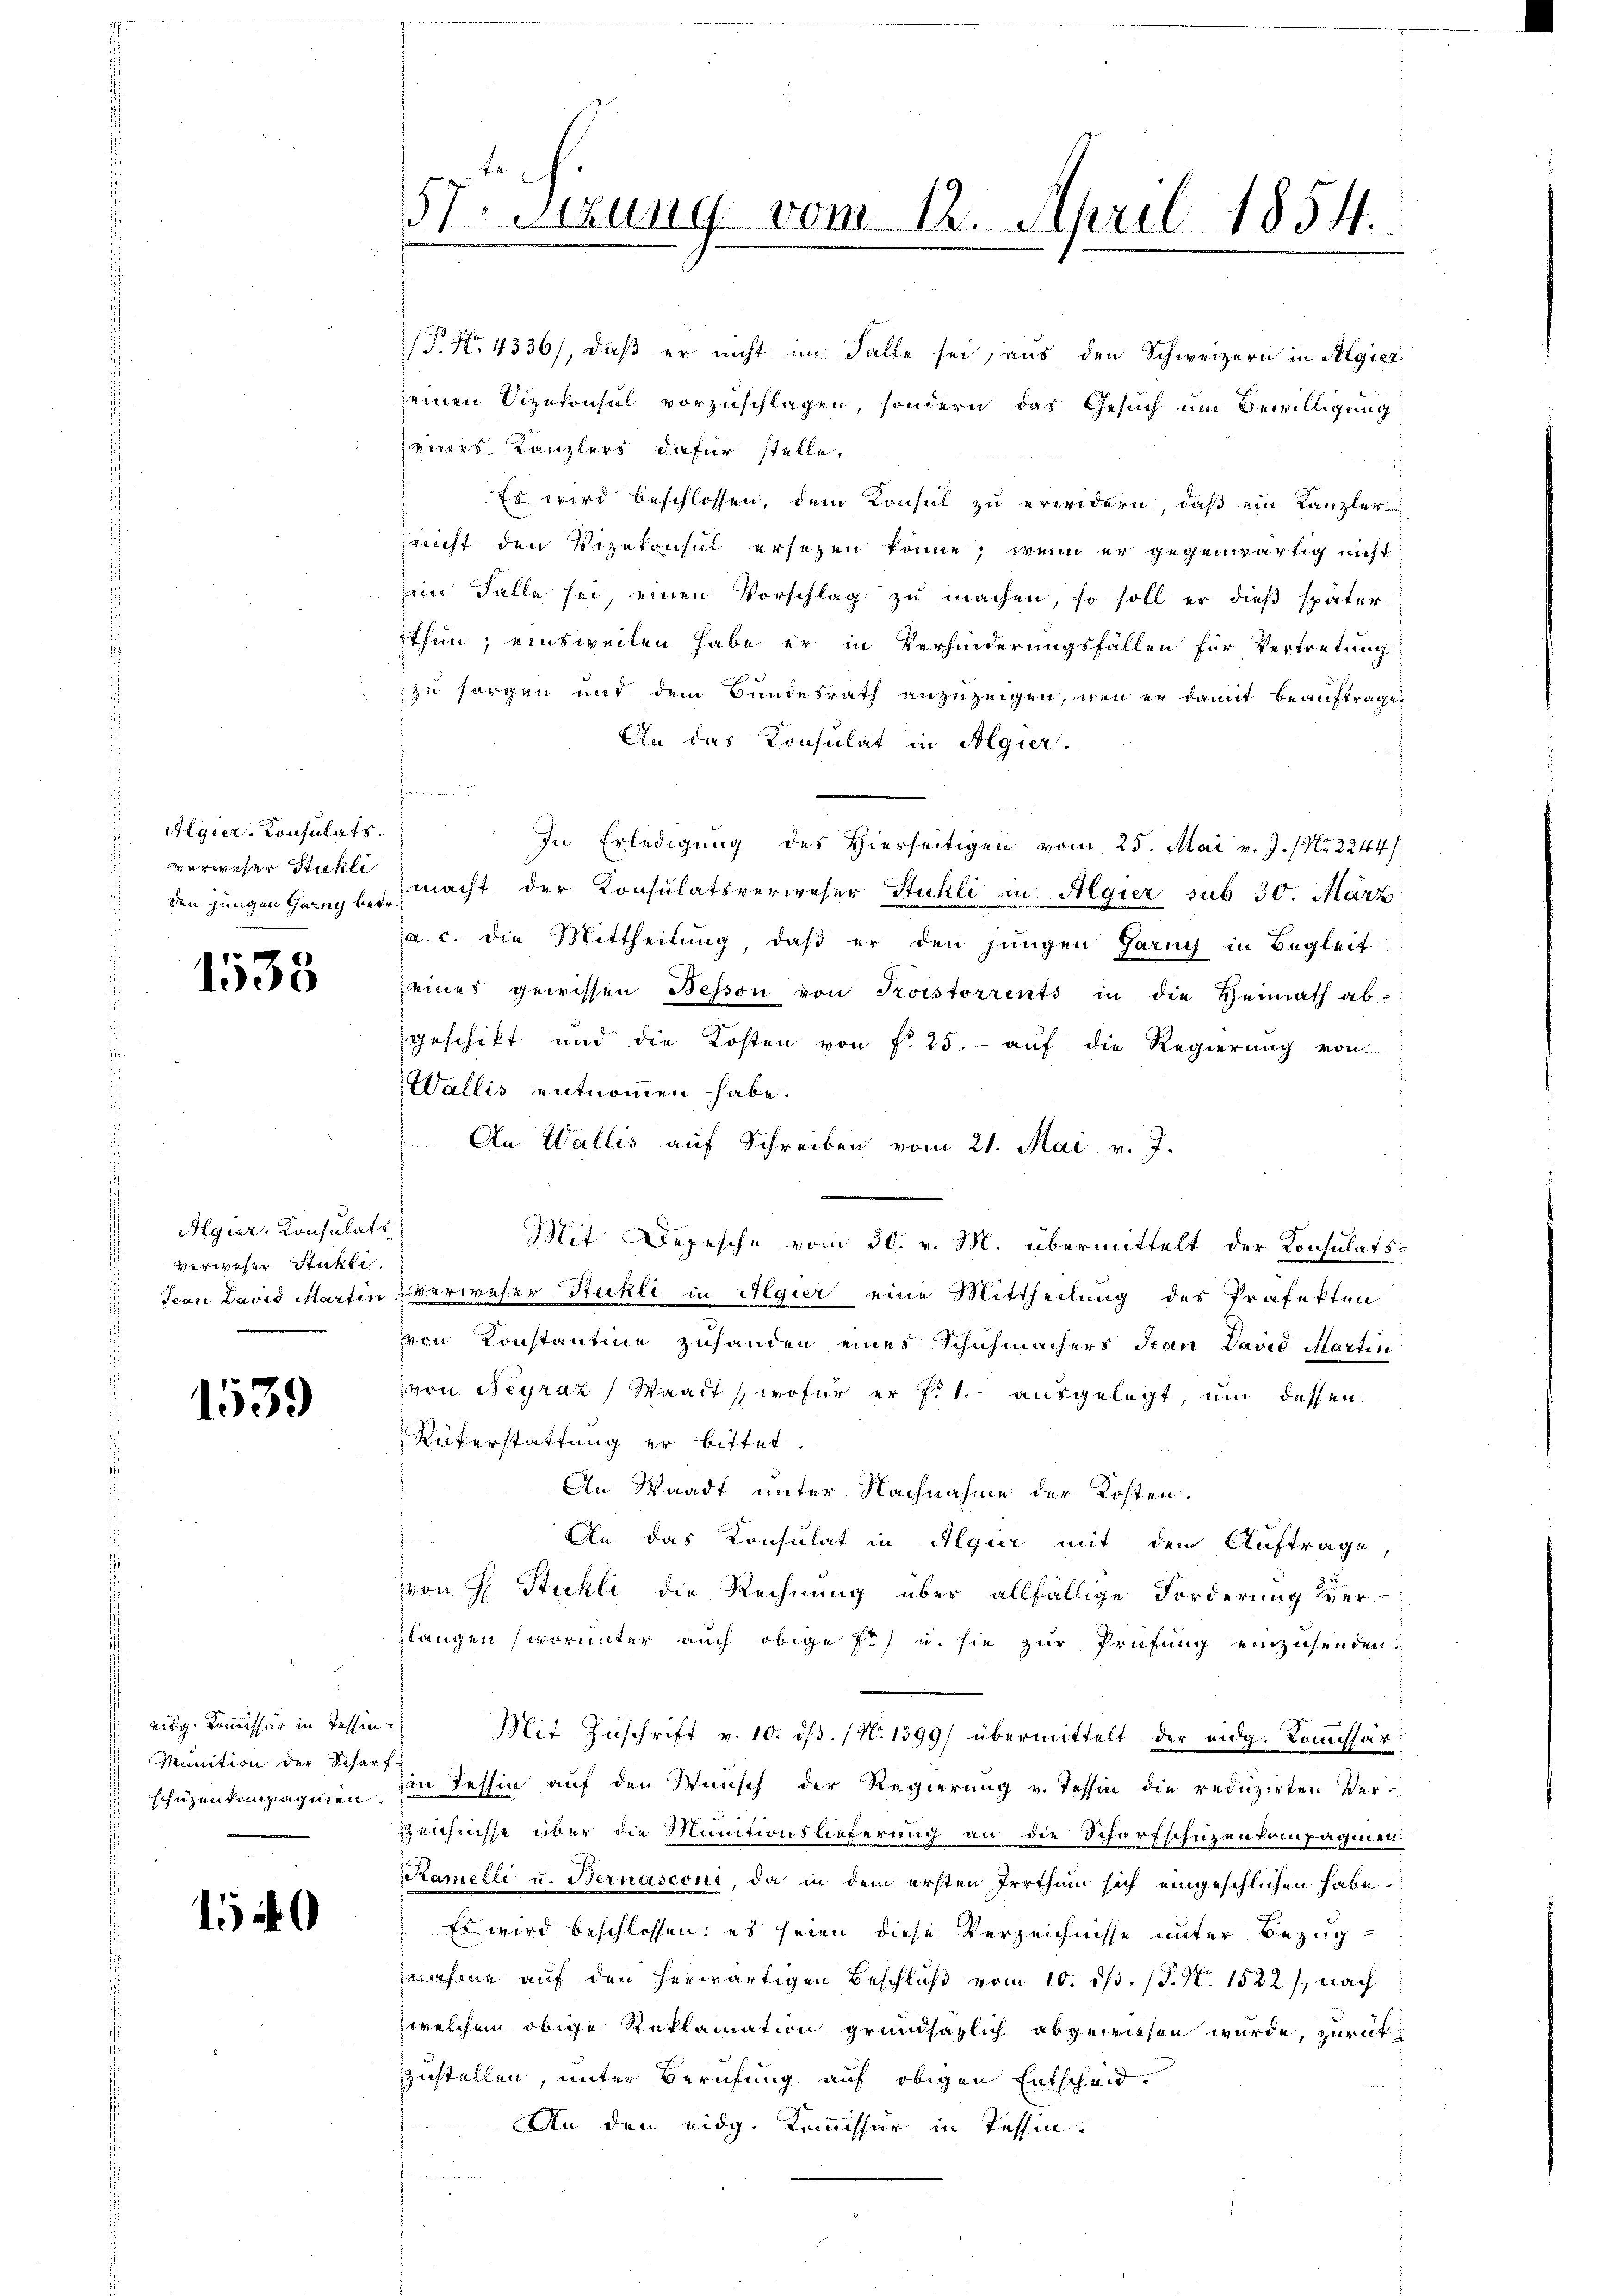
Algier-Consulats.
 verweser Stuhli

1538

Algier, Konsulats
Verweser Stakti

1539

eidg. Kommissär in Tessin¬
 Munition der Scharf¬

1540

57. Setzung vom 12. April 1854.

P No 4336), daß er nicht im Falle sei, aus den Schweizern in Algier
seinen Vizekonsul vorzuschlagen, sondern das Gesuch um Bewilligung
 eines Kanzlers dafür stelle,
s
Es wird beschlossen, dem Konsul zu erwidern, daß ein Kanzler
nicht den Vizekonsul ersezen könne; wenn er gegenwärtig nicht
ein Falle sei, einen Vorschlag zu machen, so soll er dieß später
thun; einsweilen habe er in Verhinderungsfällen für Vertretung
zu sorgen und dem Bundesrath anzuzeigen, wenn er damit beauftragen
An das Konsulat in Algier
frommen un
In Erledigung des Hierseitigen vom 25. Mai v. J. / Nr. 2244/
den jungen Gang bei macht der Konsulatsverweser Stuhli in Algier sub 30. März
a. c. die Mittheilung, daß er den jungen Garny in Begleit
eines gewissen Bessen von Troistorrents in die Heimath ab-
geschikt und die Kosten von f. 25. - auf die Regierung von
Wallis entnommen habe.
An Wallis auf Schreiben vom 21. Mai v. J.
Mit Depesche vom 30. v. M. übermittelt der Konsulats¬
Jean David Martin verweser Stuhli in Algier eine Mittheilung des Präfekten
on Konstantine zuhanden eines Schuhmachers Jean David Martin
von Negraz, Waadt, wofür er h. T. ausgelegt, um dessen
Rükerstattung er bittet.
An Waadt unter Nachnahme der Kosten.
An das Konsulat in Algier mit dem Auftrage,
von H. Stuhli die Rechnung über allfällige Forderung ver-
langen (worunter auch obige Er u. sie zur Prüfung einzusenden.
Mit Zuschrift v. 10. dβ. (N. 1399) übermittelt der eidg. Kommissär:
schüzenkompagnien. Ein Tessin auf den Wunsch der Regierung v. Tessin die reduzirten Ver¬
Zeichnisse über die Munitionslieferung an die Scharfschüzenkompagnien
Ramelle u. Bernasconi, da in dem ersten Irrthum sich eingeschlichen habe.
 Es wird beschlossen: es seien diese Verzeichnisse unter Bezug
nahme auf den herwärtigen Beschluß vom 10. dβ. (T. N. 1522), nach
welchem obige Reklamation grundsazlich abgewiesen wurde, zurückzustellen, unter Berufung auf obigen Entscheid.
An den eidg. Kommissär in Tessin.